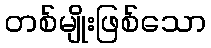
တစ်မျိုးဖြစ်သော